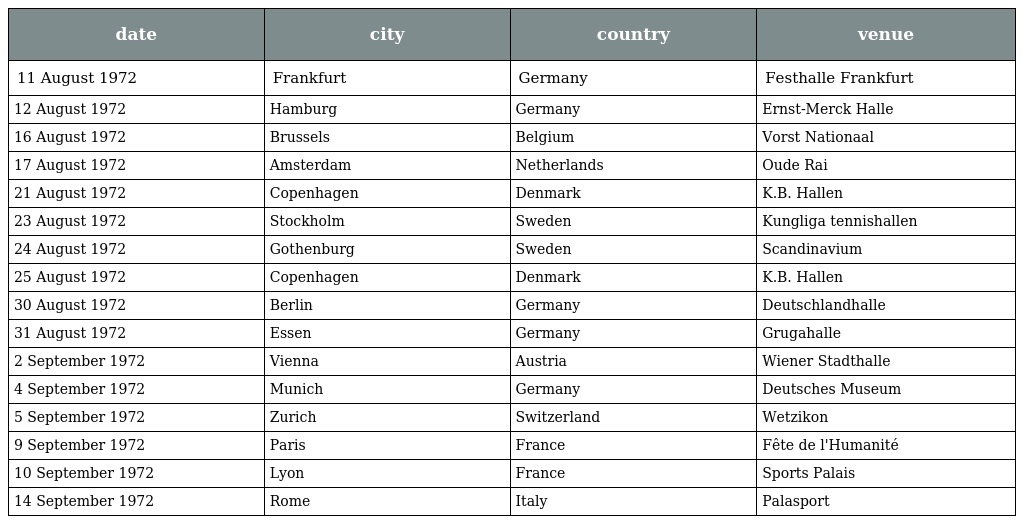
| date | city | country | venue |
 | --- | --- | --- | --- |
 | 11 August 1972 | Frankfurt | Germany | Festhalle Frankfurt |
 | 12 August 1972 | Hamburg | Germany | Ernst-Merck Halle |
 | 16 August 1972 | Brussels | Belgium | Vorst Nationaal |
 | 17 August 1972 | Amsterdam | Netherlands | Oude Rai |
 | 21 August 1972 | Copenhagen | Denmark | K.B. Hallen |
 | 23 August 1972 | Stockholm | Sweden | Kungliga tennishallen |
 | 24 August 1972 | Gothenburg | Sweden | Scandinavium |
 | 25 August 1972 | Copenhagen | Denmark | K.B. Hallen |
 | 30 August 1972 | Berlin | Germany | Deutschlandhalle |
 | 31 August 1972 | Essen | Germany | Grugahalle |
 | 2 September 1972 | Vienna | Austria | Wiener Stadthalle |
 | 4 September 1972 | Munich | Germany | Deutsches Museum |
 | 5 September 1972 | Zurich | Switzerland | Wetzikon |
 | 9 September 1972 | Paris | France | Fête de l'Humanité |
 | 10 September 1972 | Lyon | France | Sports Palais |
 | 14 September 1972 | Rome | Italy | Palasport |